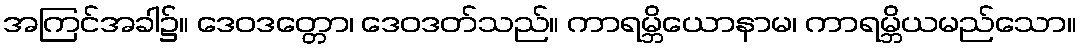
အကြင်အခါ၌။ ဒေဝဒတ္တော၊ ဒေဝဒတ်သည်။ ကာရမ္ဘိယောနာမ၊ ကာရမ္ဘိယမည်သော။